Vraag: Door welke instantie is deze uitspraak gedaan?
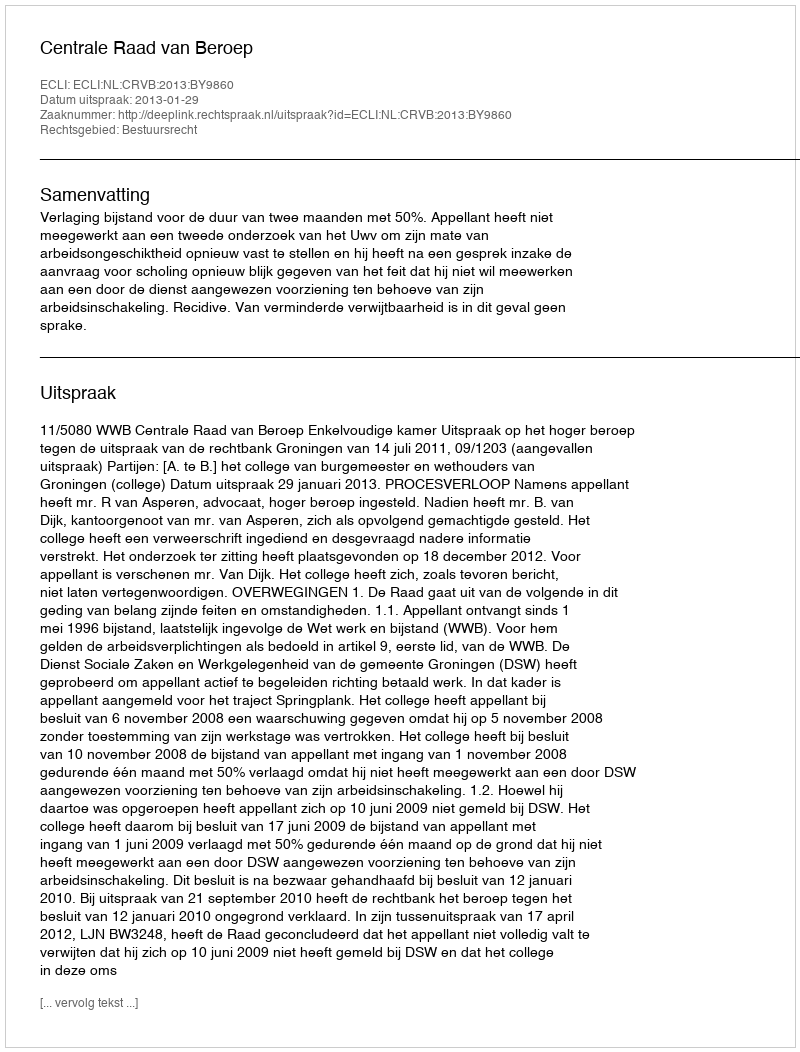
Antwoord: Centrale Raad van Beroep